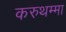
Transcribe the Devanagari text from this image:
करुथम्मा